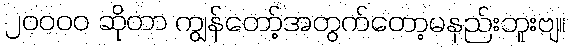
၂၀၀၀၀ ဆိုတာ ကျွန်တော့်အတွက်တော့မနည်းဘူးဗျ။